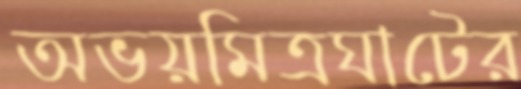
অভয়মিত্রঘাটের